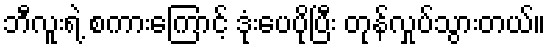
ဘီလူးရဲ့ စကားကြောင့် ဒုံးပေပိုပြီး တုန်လှုပ်သွားတယ်။